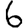
Digit: 6